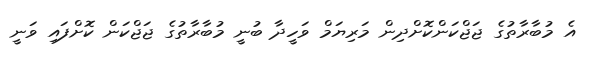
އެ މުބާރާތުގެ ޖަޖްކަންކޮށްދިން މަރިޔަމް ވަހީދާ ބުނީ މުބާރާތުގެ ޖަޖްކަން ކޮށްފައި ވަނީ